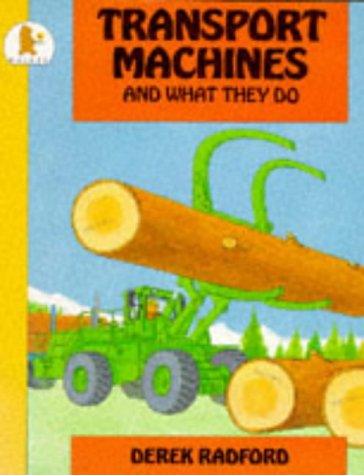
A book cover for Transport Machines; Derek Radford; Children's Books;